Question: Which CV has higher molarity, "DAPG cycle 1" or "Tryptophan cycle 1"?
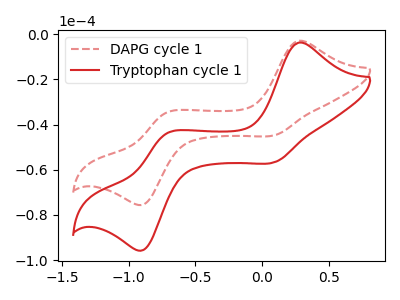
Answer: <think>The red dashed curve "DAPG cycle 1" has anodic peaks at (0.30V, -2.95uA) (-0.70V, -34.75uA) and cathodic peaks at (0.10V, -44.65uA) (-0.90V, -75.30uA). The red curve "Tryptophan cycle 1" has anodic peaks at (0.30V, -3.75uA) (-0.70V, -44.05uA) and cathodic peaks at (0.10V, -56.55uA) (-0.90V, -95.40uA).
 All the peaks in "DAPG cycle 1" have a peak in "Tryptophan cycle 1" at the same potential.</think>
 <answer>I cant tell if "DAPG cycle 1" or "Tryptophan cycle 1" has higher concentration.</answer>
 <eval>mixed_concentration</eval>